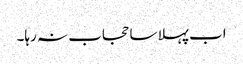
اب پہلا سا حجاب نہ رہا۔